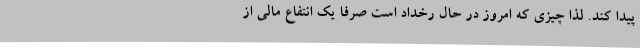
پیدا کند. لذا چیزی که امروز در حال رخداد است صرفا یک انتفاع مالی از